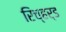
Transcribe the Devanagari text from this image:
रिच्हर्ड